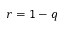
r = 1 - q